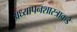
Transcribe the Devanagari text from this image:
अध्यापनशास्त्राकडे